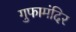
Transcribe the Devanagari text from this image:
गुफामंदिर